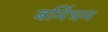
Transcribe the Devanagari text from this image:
बमिंघम